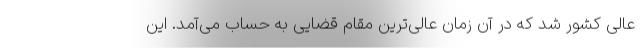
عالی کشور شد که در آن زمان عالی‌ترین مقام قضایی به حساب می‌آمد. این